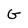
Character: G